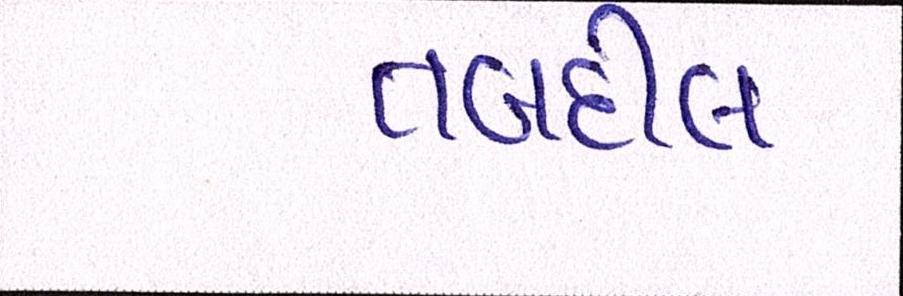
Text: તબદીલ